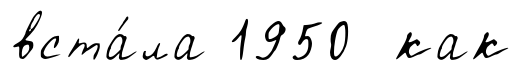
вста́ла 1950 как